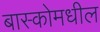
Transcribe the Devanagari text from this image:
बास्कोमधील